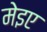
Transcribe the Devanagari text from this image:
मेइए